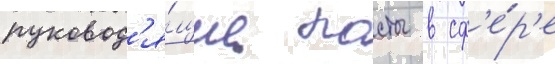
руковод'я́щие посты в сф'е́р'е